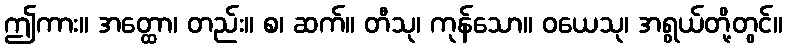
ဤကား။ အတ္ထော၊ တည်း။ စ၊ ဆက်။ တီသု၊ ကုန်သော။ ဝယေသု၊ အရွယ်တို့တွင်။